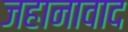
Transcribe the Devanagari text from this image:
जहानावाद